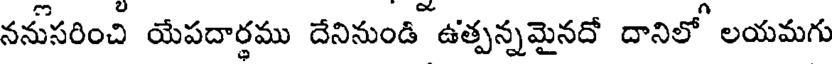
ననుసరించి యేపదార్థము దేనినుండి ఉత్పన్నమైనదో దానిలో లయమగు